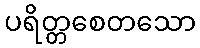
ပရိတ္တစေတသော